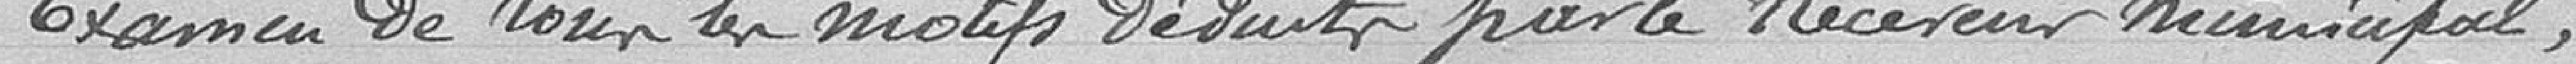
Examen de tous les motifs déduits par le Receveur municipal,